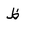
Letter: _za